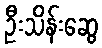
ဦးသိန်းဆွေ